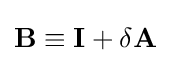
\mathbf {B} \equiv \mathbf {I} +\delta \mathbf {A}